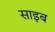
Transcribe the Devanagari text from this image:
साइब